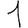
Digit: 1